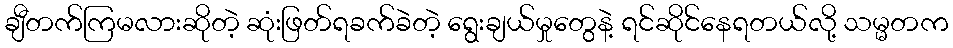
ချီတက်ကြမလားဆိုတဲ့ ဆုံးဖြတ်ရခက်ခဲတဲ့ ရွေးချယ်မှုတွေနဲ့ ရင်ဆိုင်နေရတယ်လို့ သမ္မတက